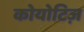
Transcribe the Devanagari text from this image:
कोयोटिज़